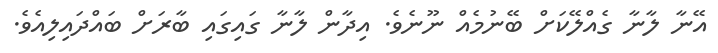
އޭނާ ލާނާ ގެއްލޭކަށް ބޭނުމެއް ނޫނެވެ. އިދާން ލާނާ ގައިގައި ބާރަށް ބައްދައިލިއެވެ.